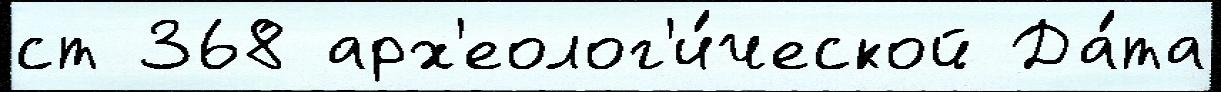
ст 368 арх'еолог'и́ческой Да́та